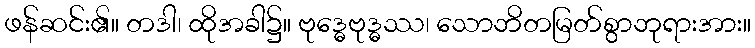
ဖန်ဆင်း၏။ တဒါ၊ ထိုအခါ၌။ ဗုဒ္ဓေဗုဒ္ဓဿ၊ သောဘိတမြတ်စွာဘုရားအား။